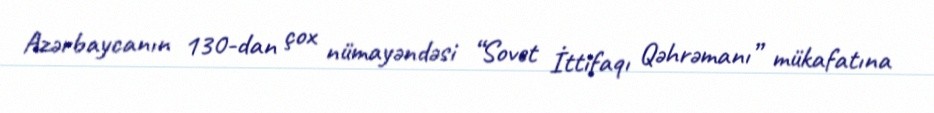
Azərbaycanın 130-dan çox nümayəndəsi “Sovet İttifaqı Qəhrəmanı” mükafatına